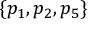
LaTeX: \{ p _ { 1 } , p _ { 2 } , p _ { 5 } \}